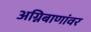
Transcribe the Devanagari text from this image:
अग्निबाणांवर